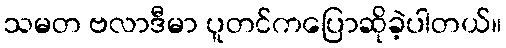
သမတ ဗလာဒီမာ ပူတင်ကပြောဆိုခဲ့ပါတယ်။